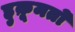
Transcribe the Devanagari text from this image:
हुक़ूमतों